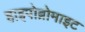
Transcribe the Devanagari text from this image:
हाइपोब्रोमाइट